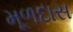
મૂળદાસ